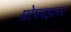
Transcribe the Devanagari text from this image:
प्रोफ़ाइलर